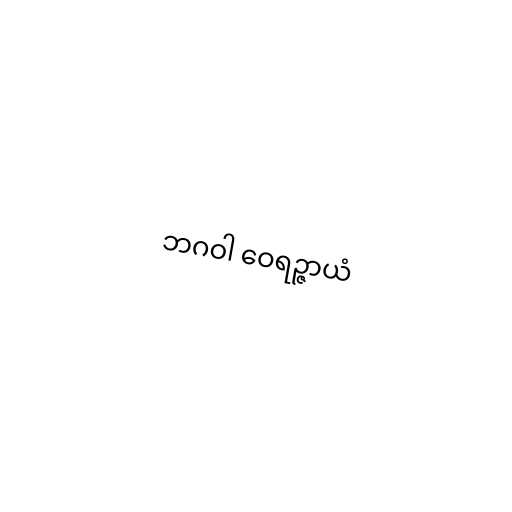
ဘဂဝါ ဝေရဉ္ဇာယံ